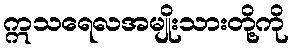
ဣသရေလအမျိုးသားတို့ကို